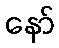
နော်